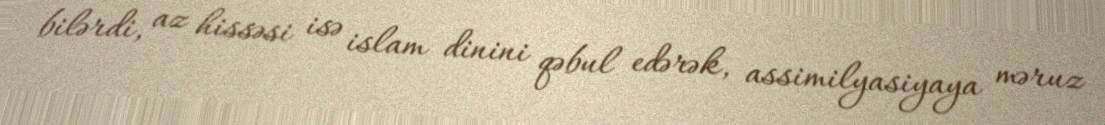
bilərdi, az hissəsi isə islam dinini qəbul edərək, assimilyasiyaya məruz